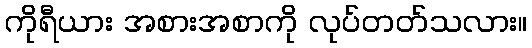
ကိုရီယား အစားအစာကို လုပ်တတ်သလား။